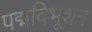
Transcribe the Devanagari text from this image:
पद्मविभूशन